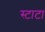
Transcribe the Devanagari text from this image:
स्टाटा